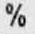
%